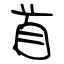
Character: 首